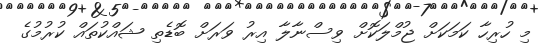
މި ހުރިހާ ކަމަކަށް ޖުމްލަކޮށް ވިސްނާލާ އިރު ވަރަށް ބޮޑެތި ޝައްކުތައް ކުރުމުގެ